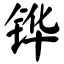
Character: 铧